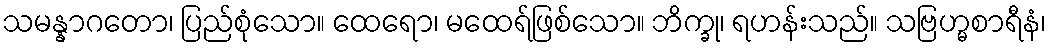
သမန္နာဂတော၊ ပြည်စုံသော။ ထေရော၊ မထေရ်ဖြစ်သော။ ဘိက္ခု၊ ရဟန်းသည်။ သဗြဟ္မစာရီနံ၊